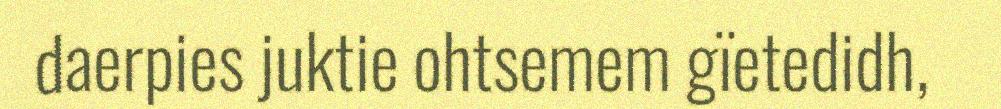
daerpies juktie ohtsemem gïetedidh,